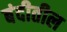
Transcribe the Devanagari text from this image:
बंदीतील